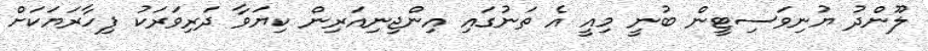
ލޫންދު ޔުނިވަސިޓީން ބުނީ މިއީ އެ ތަނުގައި އިންޖިނިއަރިން ކިޔަވާ ދަރިވަރަކު ފިހާރަޔަކަށް